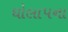
ઘોલાપના